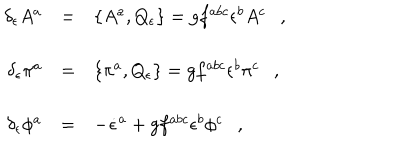
LaTeX: \begin{array} { r c l } { { \delta _ { \epsilon } A ^ { a } } } & { { = } } & { { \{ A ^ { a } , Q _ { \epsilon } \} = g f ^ { a b c } \epsilon ^ { b } A ^ { c } \ \ \ , } } \\ { { \delta _ { \epsilon } \pi ^ { a } } } & { { = } } & { { \{ \pi ^ { a } , Q _ { \epsilon } \} = g f ^ { a b c } \epsilon ^ { b } \pi ^ { c } \ \ \ , } } \\ { { \delta _ { \epsilon } \phi ^ { a } } } & { { = } } & { { - \dot { \epsilon } ^ { a } + g f ^ { a b c } \epsilon ^ { b } \phi ^ { c } \ \ \ , } } \\ \end{array}